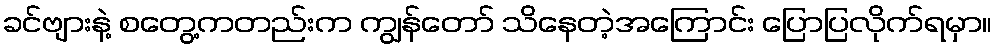
ခင်ဗျားနဲ့ စတွေ့ကတည်းက ကျွန်တော် သိနေတဲ့အကြောင်း ပြောပြလိုက်ရမှာ။